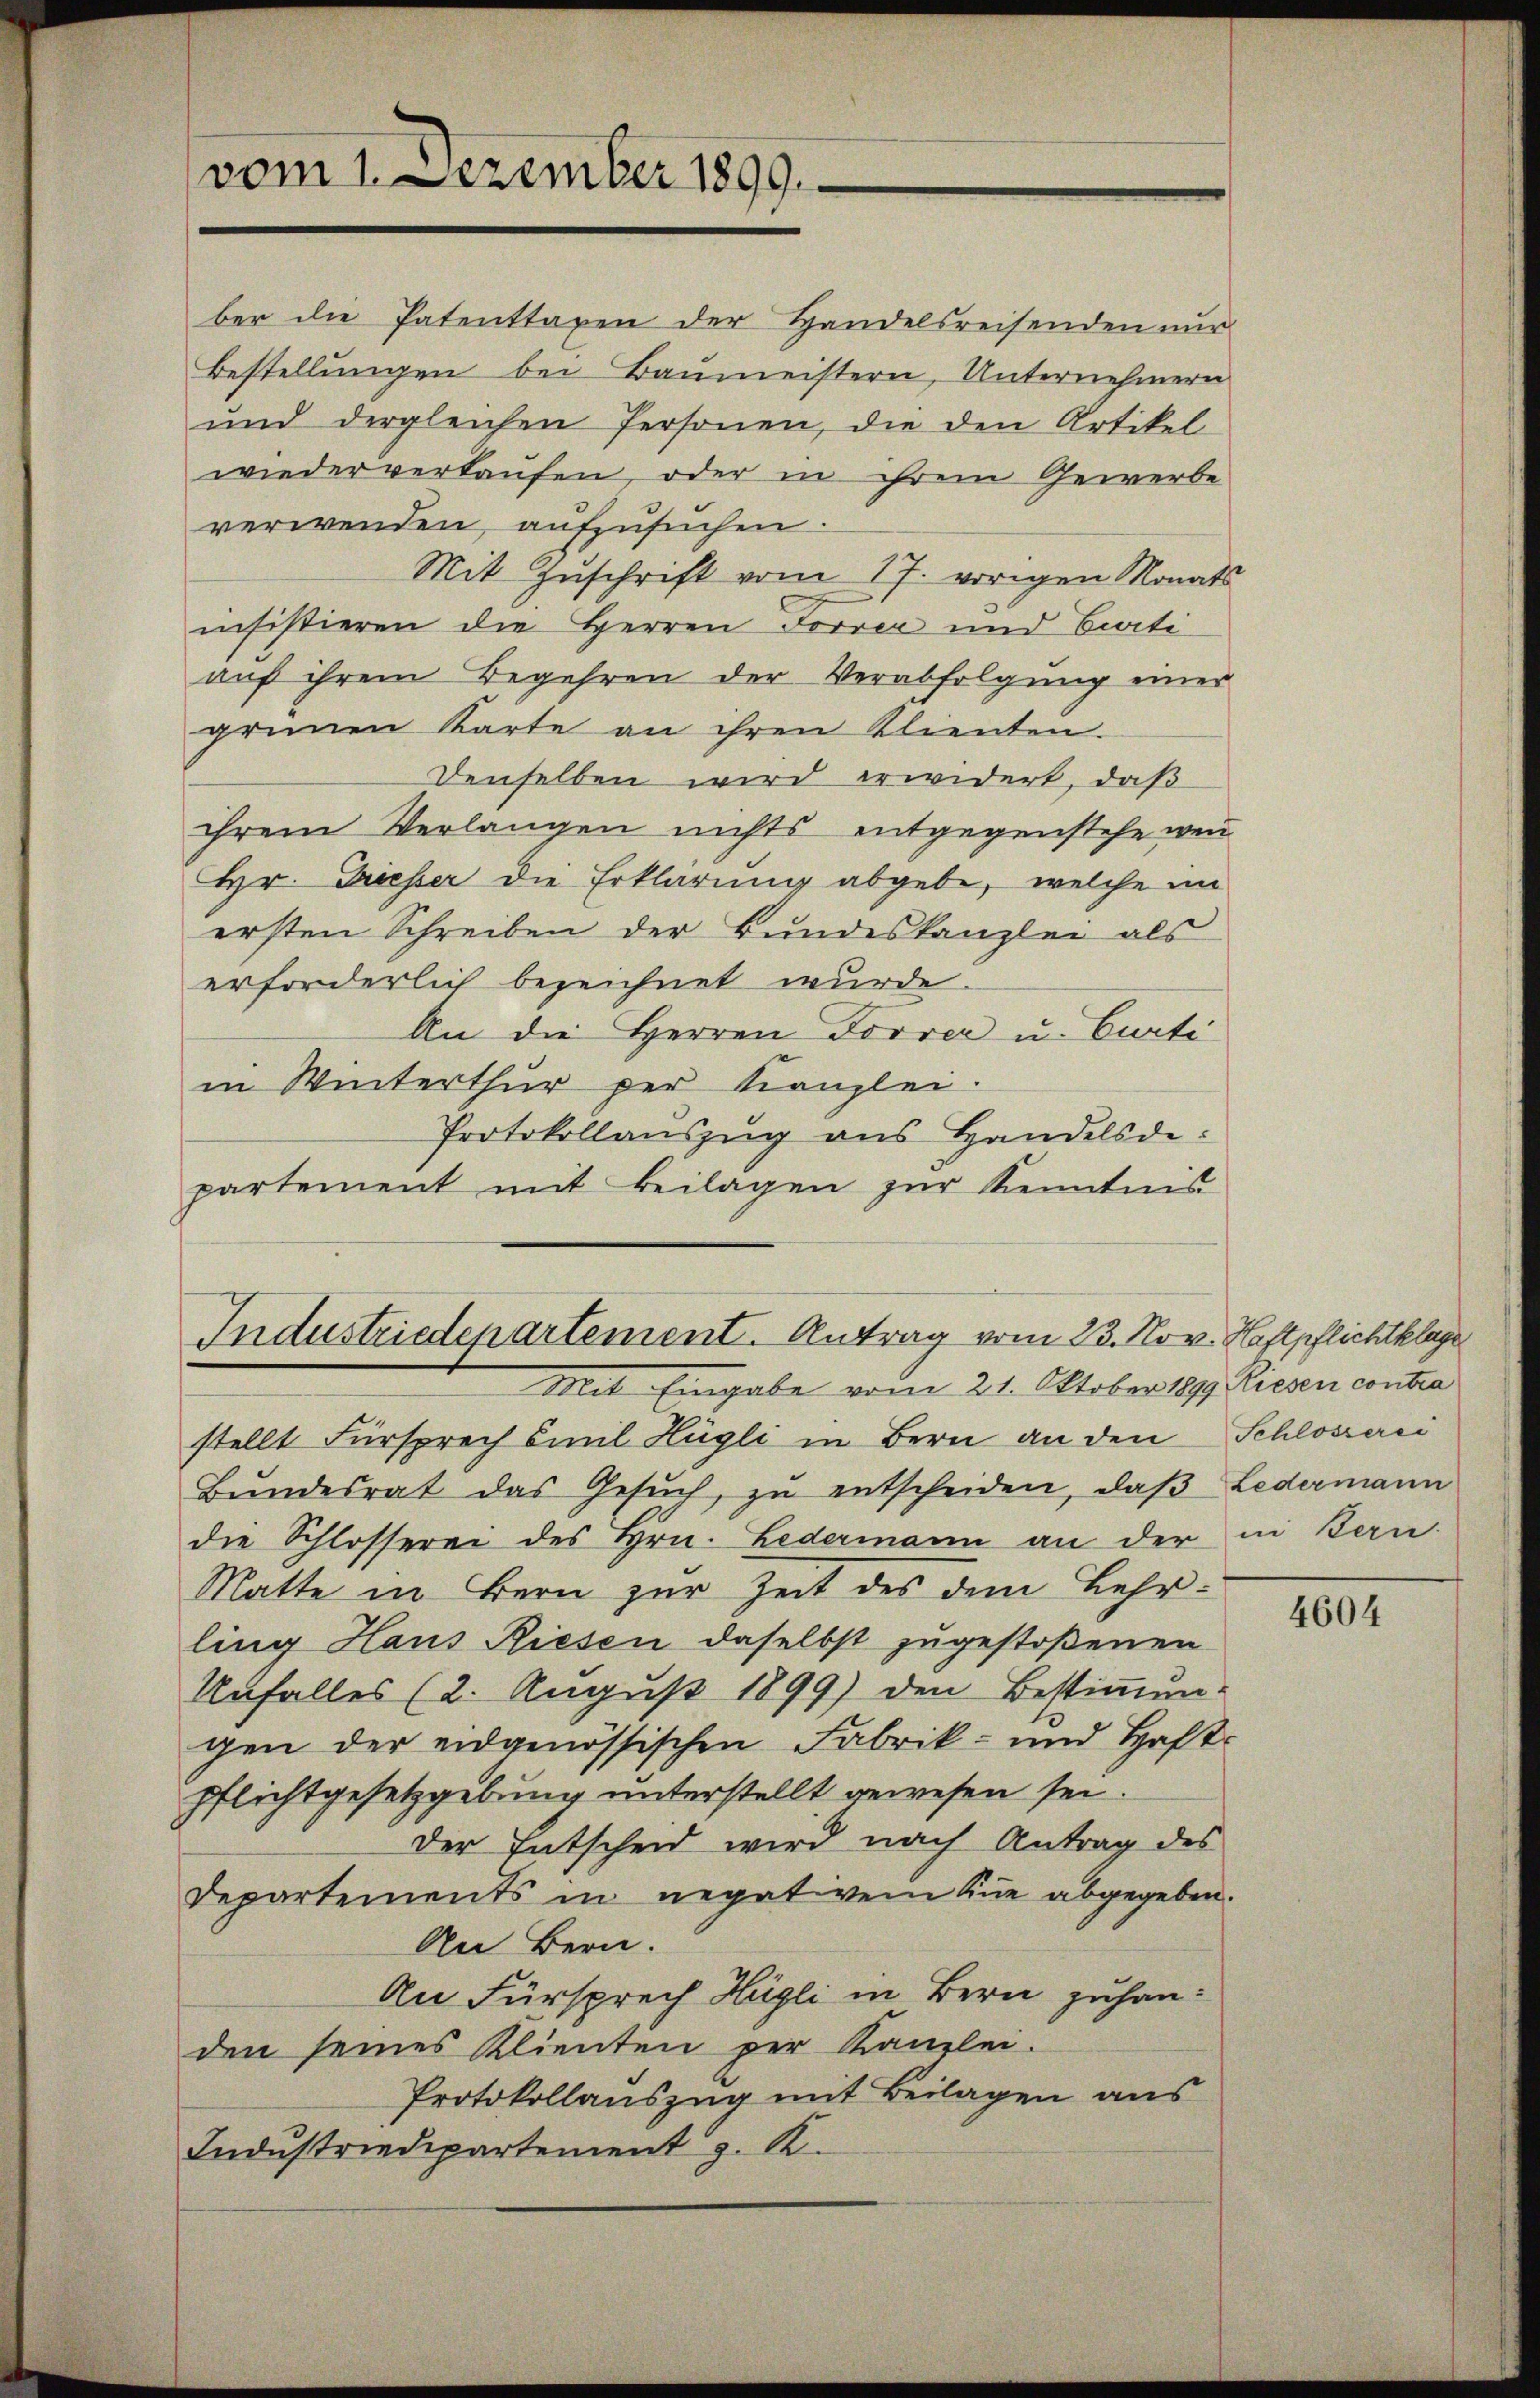
vom 1. Dezember 1899.

ber die Patenttaxen der Handelsreisenden nur
Bestellungen bei Baumeistern, Unternehmern
und dergleichen Personen, die den Artikel
wiederverkaufen, oder in ihrem Gewerbe
verwenden, aufzusuchen
Mit Zuschrift vom 17. vorigen Monats
insistieren die Herren Forrer und Biati
auf ihrem Begehren der Verabfolgung einer
grünen Karte an ihren Klienten.
Denselben wird erwidert, daß
ihrem Verlangen nichts entgegenstehe wen
Hr. Griesser die Erklärung abgebe, welche im
ersten Schreiben der Bundeskanzlei als
erforderlich bezeichnet wurde.
An die Herren Forrer u. Curti
in Winterthur per Kanzlei.
Protokollauszug aus Handelsde:
partement mit Beilagen zur Kenntnis

stellt Fürsprech Emil Hügli in Bern an den Schlosserei
Bŭndesrat das Gesŭch zŭ entscheiden, daβ Ledermann
die Schlosserei des Hrn. Ledermann an der in Bern
Matte in Bern zur Zeit des dem Lehrling Haus Riesen daselbst zugestoßenen
Unfalles (2. August 1899) den Bestimmun-
gen der eidgenössischen Fabrik- und Haft-
pflichtgesetzgebung unterstellt gewesen sei.
Der Entscheid wird nach Antrag des
Departements in negativem Que abgegeben.
An Bern.
An Fürsprech Hügli in Bern zuhanden seines Klienten per Kanzlei.
Protokollauszug mit Beilagen aus
Industriedepartement z. K.

Industriedepartement. Antrag vom 23. Nov. Haftpflichtklage
Mit Eingabe vom 21. Oktober 1899 Liesen contra

4604